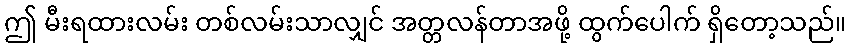
ဤ မီးရထားလမ်း တစ်လမ်းသာလျှင် အတ္တလန်တာအဖို့ ထွက်ပေါက် ရှိတော့သည်။